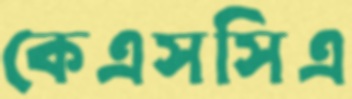
কেএসসিএ